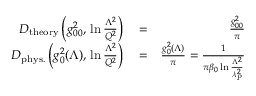
\begin{array} { r l r } { D _ { \mathrm { t h e o r y } } \left( g _ { 0 0 } ^ { 2 } , \, \ln { \frac { \Lambda ^ { 2 } } { Q ^ { 2 } } } \right) } & { { } = } & { { \frac { g _ { 0 0 } ^ { 2 } } { \pi } } } \\ { D _ { \mathrm { p h y s . } } \left( g _ { 0 } ^ { 2 } ( \Lambda ) , \, \ln { \frac { \Lambda ^ { 2 } } { Q ^ { 2 } } } \right) } & { { } = } & { { \frac { g _ { 0 } ^ { 2 } ( \Lambda ) } { \pi } } = { \frac { 1 } { \pi \beta _ { 0 } \ln { \frac { \Lambda ^ { 2 } } { \lambda _ { P } ^ { 2 } } } } } } \end{array}